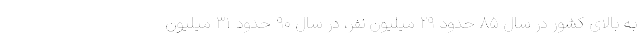
به بالای کشور در سال ۸۵ حدود ۲۹ میلیون نفر، در سال ۹۰ حدود ۳۱ میلیون